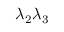
\lambda _ { 2 } \lambda _ { 3 }